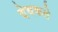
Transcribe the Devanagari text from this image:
देवकते